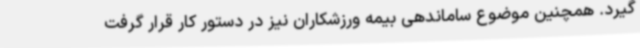
گیرد. همچنین موضوع ساماندهی بیمه ورزشکاران نیز در دستور کار قرار گرفت